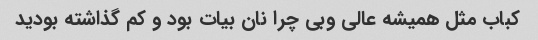
کباب مثل همیشه عالی وبی چرا نان بیات بود و کم گذاشته بودید